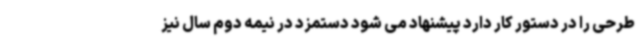
طرحی را در دستور کار دارد پیشنهاد می شود دستمزد در نیمه دوم سال نیز